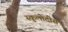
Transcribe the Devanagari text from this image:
स्कुलोदीस